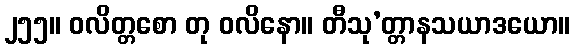
၂၅၅။ ဝလိတ္တစော တု ဝလိနော။ တီသု’တ္တာနသယာဒယော။